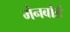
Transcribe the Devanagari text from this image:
मेनबोर्ड